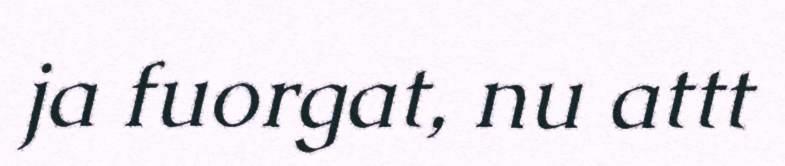
ja fuorgat, nu attt